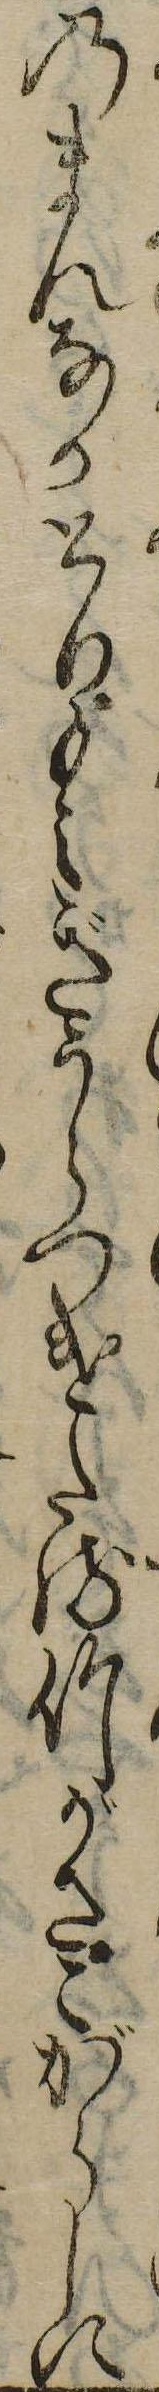
のまんなかとりもえぎうらつけたる竹がさこがらしに